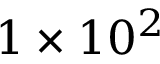
1 \times 1 0 ^ { 2 }